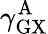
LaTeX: \gamma_{\mathrm{GX}}^{\mathrm{A}}